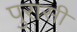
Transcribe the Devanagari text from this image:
पुरासी